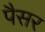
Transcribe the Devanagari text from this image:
पैसर